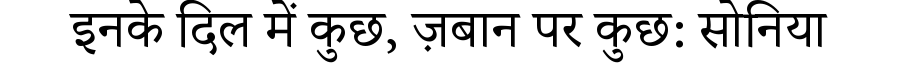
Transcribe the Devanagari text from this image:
इनके दिल में कुछ, ज़बान पर कुछ: सोनिया